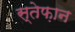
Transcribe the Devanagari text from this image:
स्तेफ़ान